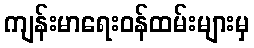
ကျန်းမာရေးဝန်ထမ်းများမှ